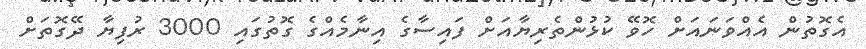
އެގޮތުން އެއްވަނައަށް ހޮވޭ ކުޅުންތެރިޔާއަށް ފައިސާގެ އިނާމެއްގެ ގޮތުގައި 3000 ރުފިޔާ ދޭގޮތަށް